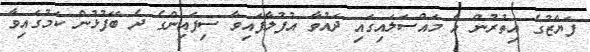
ފަޔާޒުގެ އިތުރުން އެ މައްސަލައިގައި ދައުވާ އުފުލާފައިވާ ސިފައިންގެ ދެ ބޭފުޅުން ކަމުގައިވާ